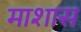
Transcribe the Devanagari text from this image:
माशास